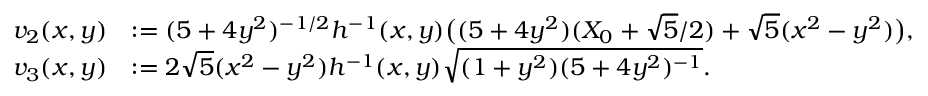
\begin{array} { r l } { v _ { 2 } ( x , y ) } & { : = ( 5 + 4 y ^ { 2 } ) ^ { - 1 / 2 } h ^ { - 1 } ( x , y ) \big ( ( 5 + 4 y ^ { 2 } ) ( X _ { 0 } + { \sqrt { 5 } } / { 2 } ) + \sqrt { 5 } ( x ^ { 2 } - y ^ { 2 } ) \big ) , } \\ { v _ { 3 } ( x , y ) } & { : = 2 \sqrt { 5 } ( x ^ { 2 } - y ^ { 2 } ) h ^ { - 1 } ( x , y ) \sqrt { ( 1 + y ^ { 2 } ) ( 5 + 4 y ^ { 2 } ) ^ { - 1 } } . } \end{array}